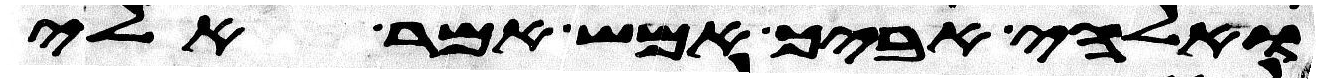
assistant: ואלהי אביך אמש אמר אלי